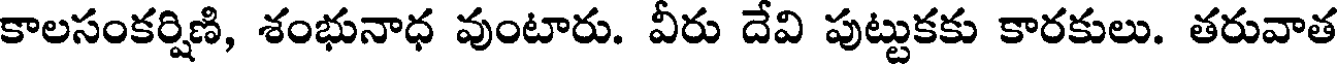
కాలసంకర్షిణి, శంభునాధ వుంటారు. వీరు దేవి పుట్టుకకు కారకులు. తరువాత